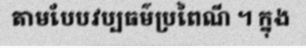
តាមបែបវប្បធម៌ប្រពៃណី ។ ក្នុង